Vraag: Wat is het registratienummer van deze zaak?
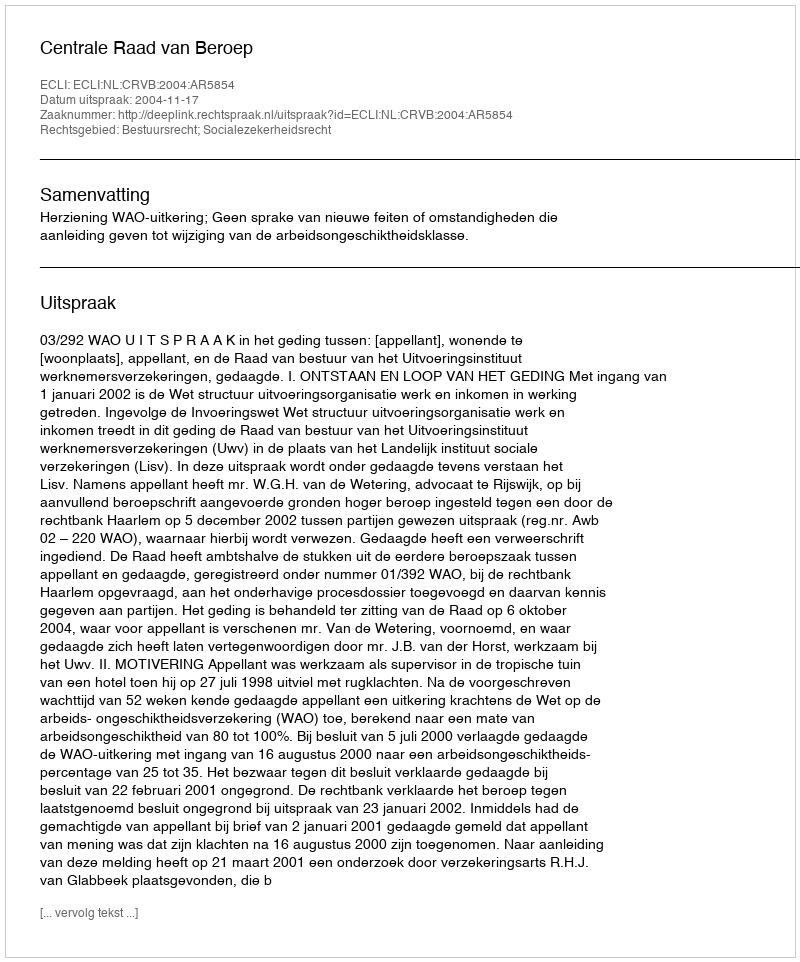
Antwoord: http://deeplink.rechtspraak.nl/uitspraak?id=ECLI:NL:CRVB:2004:AR5854